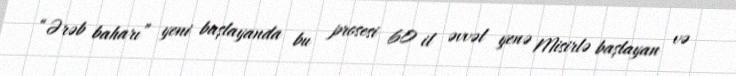
“Ərəb baharı” yeni başlayanda bu prosesi 60 il əvvəl yenə Misirlə başlayan və